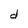
Character: d